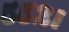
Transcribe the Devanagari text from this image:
५५२।